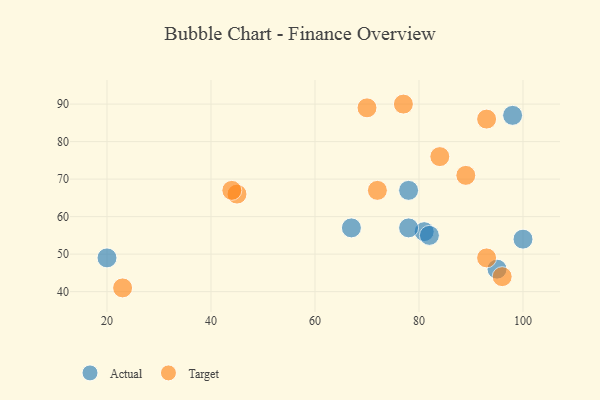
{"axis": {"x": "GDP", "y": "Life Expectancy"}, "legend": ["Actual", "Target"], "data": [{"x": "95", "y": 46, "type": "Actual"}, {"x": "81", "y": 56, "type": "Actual"}, {"x": "78", "y": 57, "type": "Actual"}, {"x": "20", "y": 49, "type": "Actual"}, {"x": "98", "y": 87, "type": "Actual"}, {"x": "82", "y": 55, "type": "Actual"}, {"x": "100", "y": 54, "type": "Actual"}, {"x": "67", "y": 57, "type": "Actual"}, {"x": "78", "y": 67, "type": "Actual"}, {"x": "89", "y": 71, "type": "Target"}, {"x": "84", "y": 76, "type": "Target"}, {"x": "45", "y": 66, "type": "Target"}, {"x": "23", "y": 41, "type": "Target"}, {"x": "93", "y": 49, "type": "Target"}, {"x": "93", "y": 86, "type": "Target"}, {"x": "96", "y": 44, "type": "Target"}, {"x": "77", "y": 90, "type": "Target"}, {"x": "44", "y": 67, "type": "Target"}, {"x": "72", "y": 67, "type": "Target"}, {"x": "70", "y": 89, "type": "Target"}]}